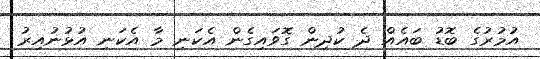
އުމުރުގެ ބޮޑު ބައެއް ދެ ކުދިން ގޮވައިގެން އެކަނި މާ އެކަނި އުޅުނުއިރު